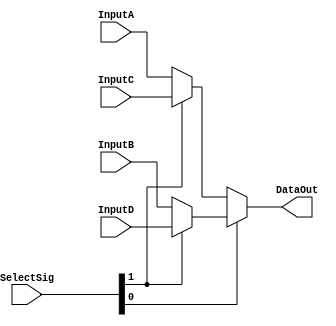
`timescale 1ns / 1ps
//////////////////////////////////////////////////////////////////////////////////
// Company: 
// Engineer: 
// 
// Design Name: 
// Module Name: MUX_4to1_32bits
// Project Name: 
// Target Devices: 
// Tool Versions: 
// Description: 
// 
// Dependencies: 
// 
// Revision:
// Revision 0.01 - File Created
// Additional Comments:
// 
//////////////////////////////////////////////////////////////////////////////////


module MUX_4to1_32bits(
    input[1:0] SelectSig,
    input[31:0] InputA,
    input[31:0] InputB,
    input[31:0] InputC,
    input[31:0] InputD,
    output[31:0] DataOut
    );    
    assign DataOut = SelectSig[0] ? (SelectSig[1] ? InputD : InputB):
                                    (SelectSig[1] ? InputC : InputA);
endmodule